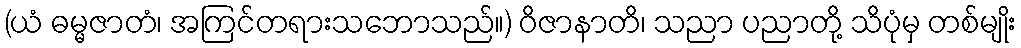
(ယံ ဓမ္မဇာတံ၊ အကြင်တရားသဘောသည်။) ဝိဇာနာတိ၊ သညာ ပညာတို့ သိပုံမှ တစ်မျိုး